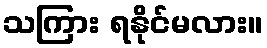
သကြား ရနိုင်မလား။